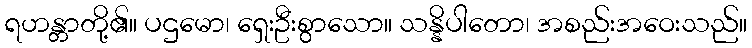
ရဟန္တာတို့၏။ ပဌမော၊ ရှေးဦးစွာသော။ သန္နိပါတော၊ အစည်းအဝေးသည်။